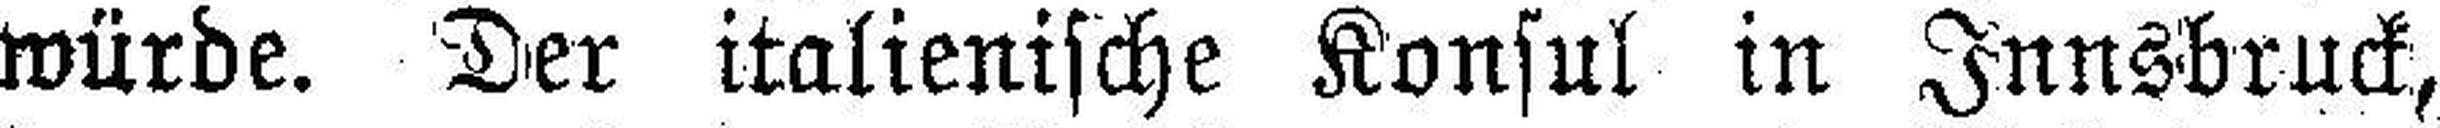
würde. Der italienische Konsul in Innsbruck,